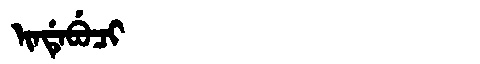
Manchu: ᡳᠨᡩᡝᠪᡠᠴᡳ
Romanization: INDEBUCI